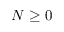
N \ge 0